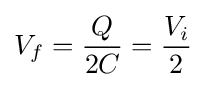
V_{f}={Q \over 2C}={V_{i} \over 2}